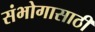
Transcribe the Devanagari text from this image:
संभोगासाठी